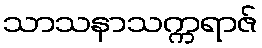
သာသနာသက္ကရာဇ်